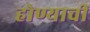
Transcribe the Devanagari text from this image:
होण्याचीं